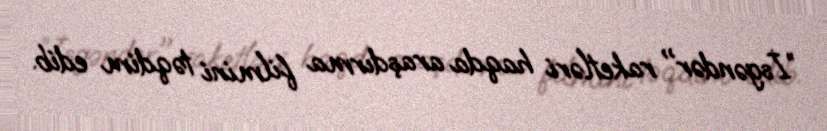
”İsgəndər" raketləri haqda araşdırma filmini təqdim edib.